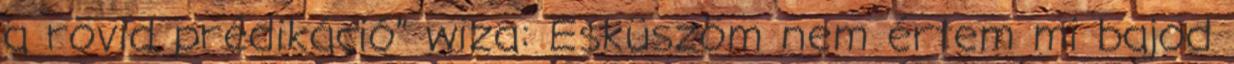
a rövid prédikáció” wiza: Esküszöm nem értem mi bajod